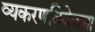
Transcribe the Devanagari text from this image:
व्यकरणविवेचना